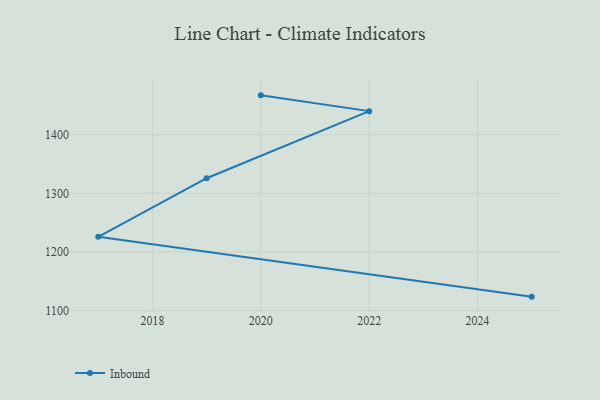
{"axis": {"x": "Year", "y": "Waste Production (Tons)"}, "legend": ["Inbound"], "data": [{"x": "2025", "y": 1123.8, "type": "Inbound"}, {"x": "2017", "y": 1225.9, "type": "Inbound"}, {"x": "2019", "y": 1325.7, "type": "Inbound"}, {"x": "2022", "y": 1440.1, "type": "Inbound"}, {"x": "2020", "y": 1467.0, "type": "Inbound"}]}